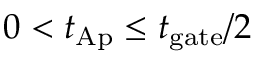
0 < t _ { \mathrm { A p } } \leq t _ { \mathrm { g a t e } } / { 2 }